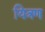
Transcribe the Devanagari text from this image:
यित्रण